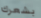
بشعرك